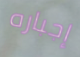
إجباره